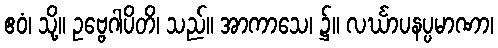
ဧဝံ၊ သို့။ ဥဗ္ဗေဂါပိတိ၊ သည်။ အာကာသေ၊ ၌။ လင်္ဃာပနပ္ပမာဏာ၊